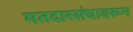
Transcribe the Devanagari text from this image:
मतदारसंघावरून